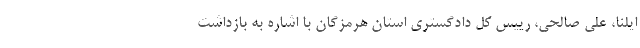
ایلنا، علی صالحی، رییس کل دادگستری استان هرمزگان با اشاره به بازداشت